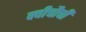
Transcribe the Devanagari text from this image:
क्वीचौची